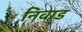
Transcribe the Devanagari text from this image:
निवाड